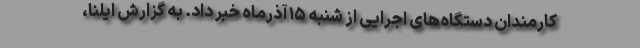
کارمندان دستگاه‌های اجرایی از شنبه ۱۵ آذرماه خبر داد. به گزارش ایلنا،